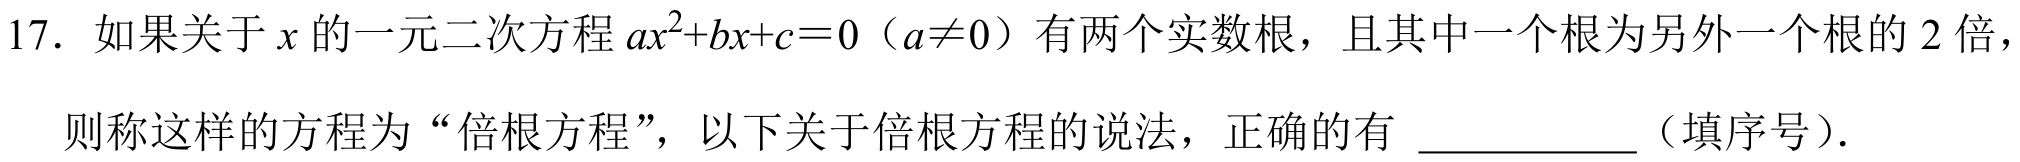
17. 如果关于\(x\)的一元二次方程\(ax^{2}+bx + c = 0\)（\(a\neq0\)）有两个实数根，且其中一个根为另外一个根的\(2\)倍，则称这样的方程为“倍根方程”，以下关于倍根方程的说法，正确的有 ___________（填序号）.